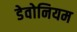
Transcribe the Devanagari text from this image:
डेवोनियम